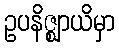
ဥပနိဇ္ဈာယိမှာ